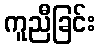
ကူညီခြင်း